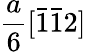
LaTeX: \frac{a}{6}[\bar{1}\bar{1}2]